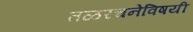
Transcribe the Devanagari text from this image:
तळरचनेविषयी